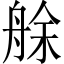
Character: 艅